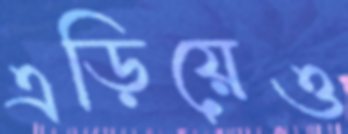
এড়িয়েও